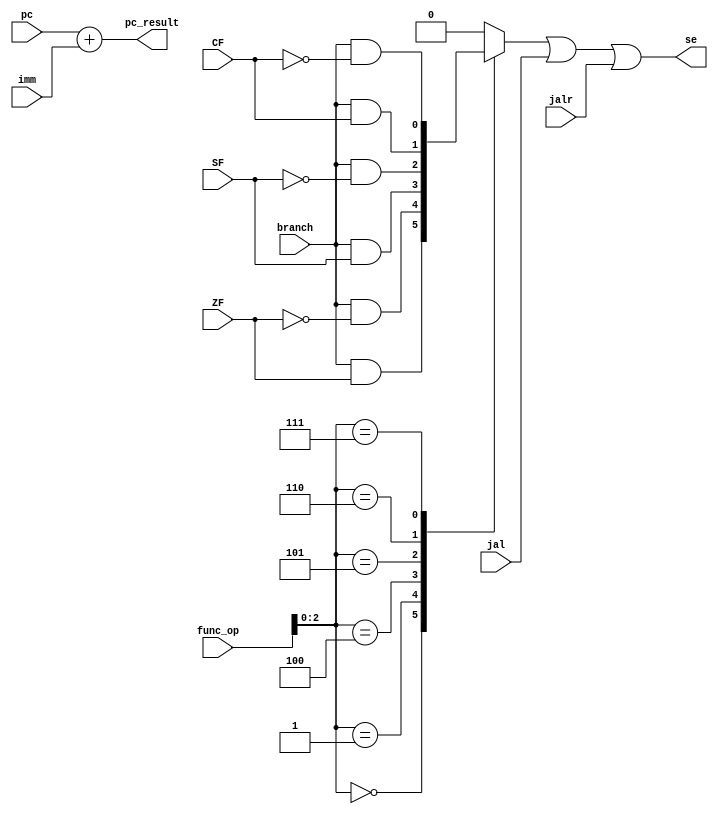
module PC_add(	pc,
					imm,
					ZF,
					SF,
					CF,
					branch,
					func_op,
					jal,
					jalr,
					se,
					pc_result
					);
					
input wire[63:0] pc;
input wire[63:0] imm;
input wire[3:0] func_op;
input wire ZF;
input wire SF;
input wire CF;
input wire branch;
input wire jal;
input wire jalr;

output wire se;
output wire[63:0] pc_result;

reg b_se;

assign pc_result = pc + imm;
assign se = b_se | jal | jalr;

always @(*) 
begin 
	case(func_op[2:0])
		3'b000:b_se <= branch & ZF;//beq
		3'b001:b_se <= branch &(~ZF);//bne
		3'b100:b_se <= branch & SF;//blt
		3'b101:b_se <= branch &(~SF);//bge
		3'b110:b_se <= branch & CF;//bltu
		3'b111:b_se <= branch &(~CF);//bgeu
		default:b_se<= 1'b0;//pc=pc+4
	endcase
end

endmodule